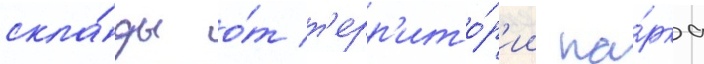
скла́ды о́т т'ерр'ито́р'ии па́рка